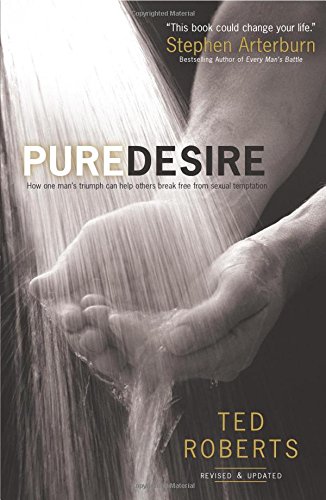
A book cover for Pure Desire: How One Man's Triumph Can Help Others Break Free From Sexual Temptation; Ted Roberts; Christian Books & Bibles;